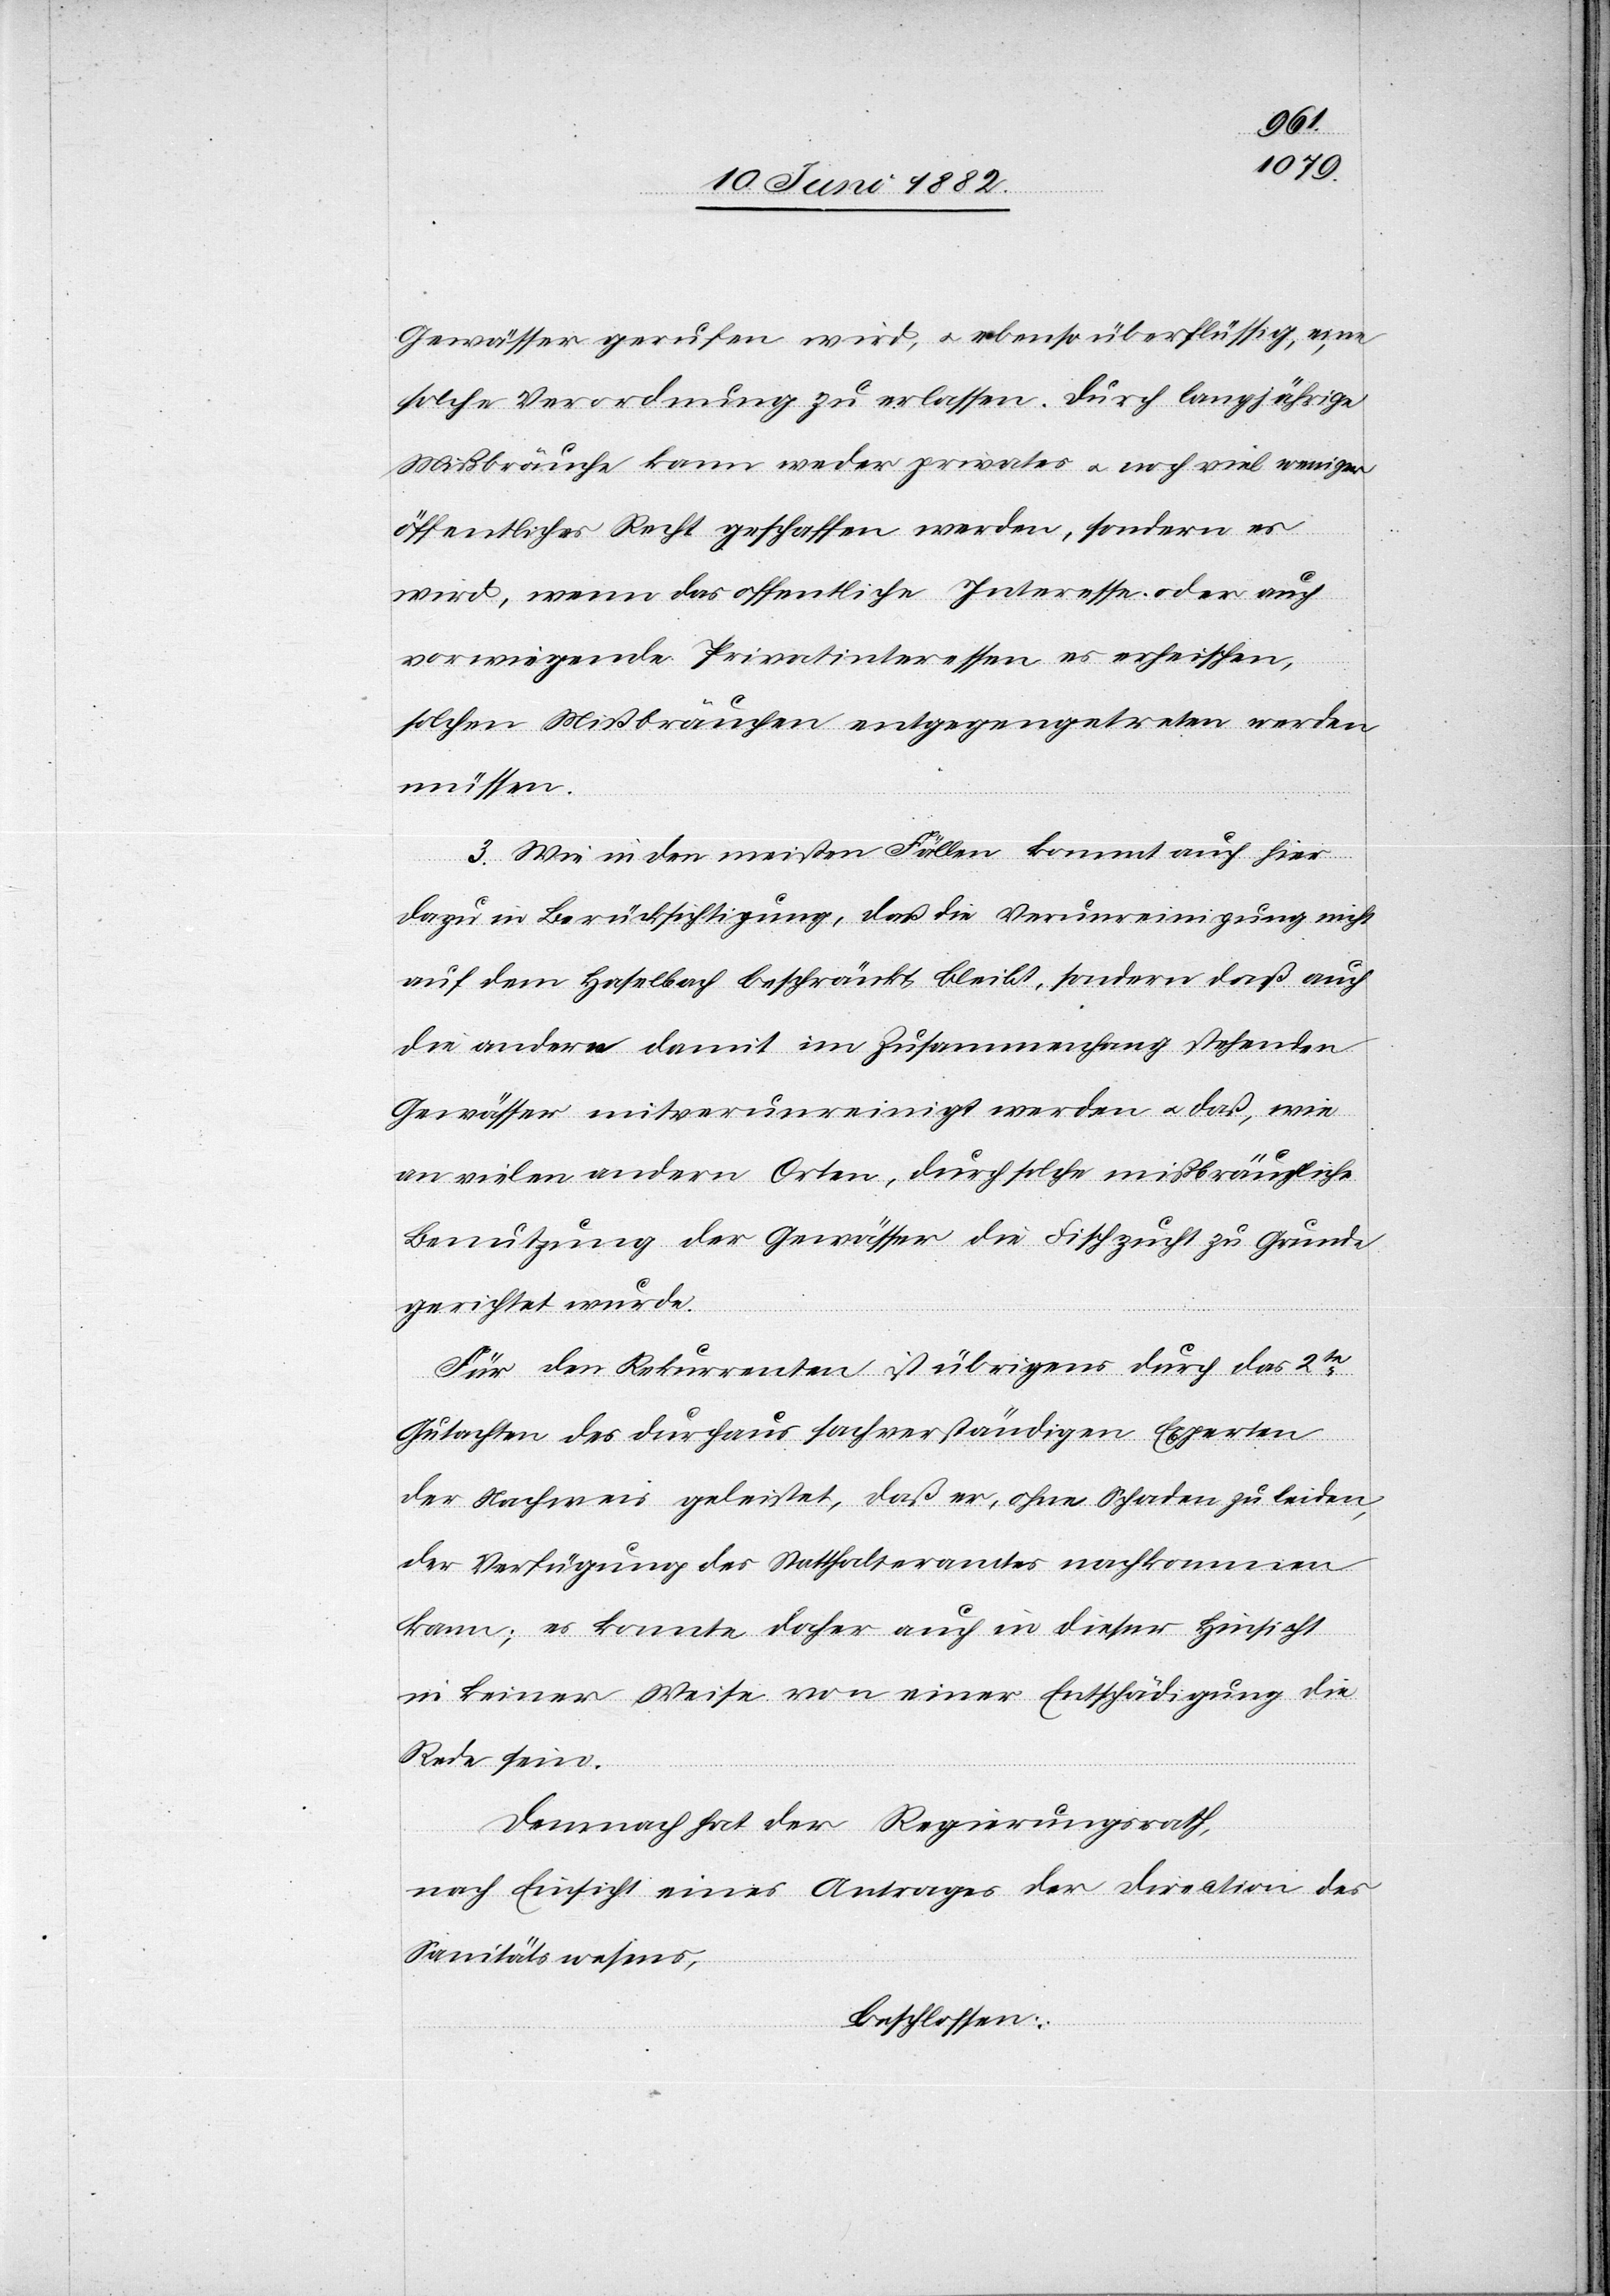
Gewässer gerufen wird, u. ebenso überflüssig, eine
solche Verordnung zu erlassen. Durch langjährige
Mißbräuche kann weder privates u. noch viel weniger
öffentliches Recht geschaffen werden, sondern es
wird, wenn das öffentliche Interesse oder auch
vorwiegende Privatinteressen es erheischen,
solchen Mißbräuchen entgegengetreten werden
müssen.
3. Wie in den meisten Fällen kommt auch hier
dazu in Berücksichtigung, daß die Verunreinigung nicht
die andern damit im Zusammenhang stehenden
Gewässer verunreinigt werden u. daß, wie
an vielen andern Orten, durch solche mißbräuchliche
Benutzung der Gewässer die Fischzucht zu Grunde
gerichtet wurde.
Für den Rekurrenten ist übrigens durch das 2te
Gutachten des durchaus sachverständigen Experten
der Nachweis geleistet, daß er, ohne Schaden zu leiden,
der Verfügung des Statthalteramtes nachkommen
kann; es könnte daher auch in dieser Hinsicht
in keiner Weise von einer Entschädigung die
Rede sein.
Demnach hat der Regierungsrath,
nach Einsicht eines Antrages der Direction des
Sanitätswesens,
beschlossen: